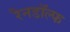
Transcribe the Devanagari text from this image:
रैनडॉल्फ